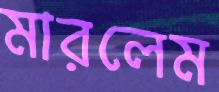
মারলেম